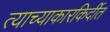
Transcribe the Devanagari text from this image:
त्याच्याकारकिर्दीत